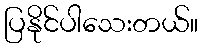
ပြနိုင်ပါသေးတယ်။